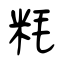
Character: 粍